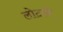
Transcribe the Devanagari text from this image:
लोटाने